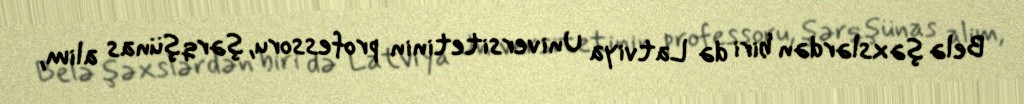
Belə şəxslərdən biri də Latviya Universitetinin professoru, şərqşünas alim,